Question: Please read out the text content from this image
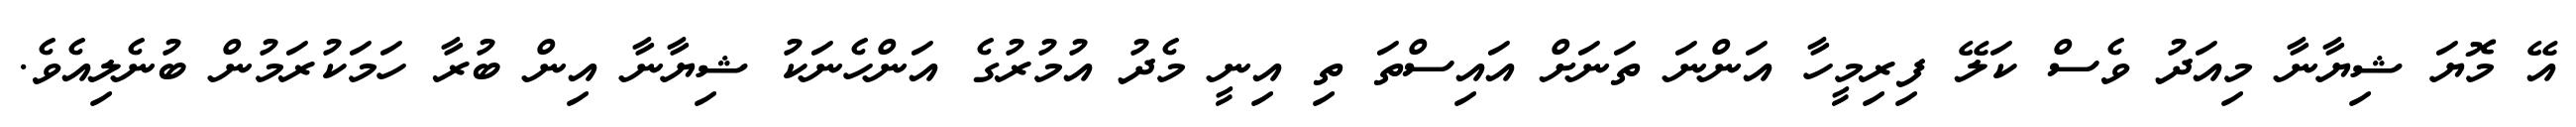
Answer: އޭ މޮޔަ ޝިޔާނާ މިއަދު ވެސް ކަލޭ ފިރިމީހާ އަންނަ ތަނަށް އައިސްތަ ތި އިނީ މެދު އުމުރުގެ އަންހެނަކު ޝިޔާނާ އިން ބުރާ ހަމަކުރަމުން ބުނެލިއެވެ.